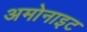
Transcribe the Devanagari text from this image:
अमोनाइट